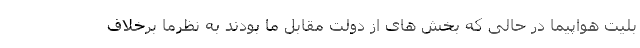
بلیت هواپیما در حالی که بخش های از دولت مقابل ما بودند به نظرما برخلاف